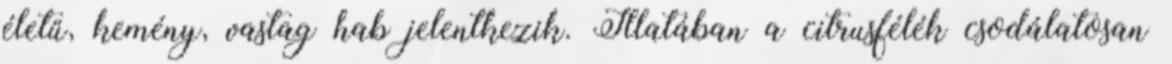
életű, kemény, vastag hab jelentkezik. Illatában a citrusfélék csodálatosan